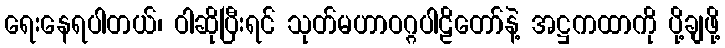
ရေးနေရပါတယ်၊ ဝါဆိုပြီးရင် သုတ်မဟာဝဂ္ဂပါဠိတော်နဲ့ အဋ္ဌကထာကို ပို့ချဖို့